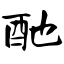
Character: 酏